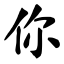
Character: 你